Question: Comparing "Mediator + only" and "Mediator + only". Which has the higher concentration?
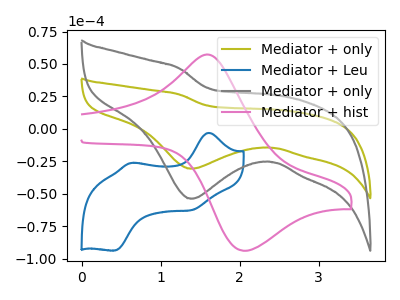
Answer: <think>The olive curve "Mediator + only" has a cathodic peak at: (1.40V, -30.55uA). The blue curve "Mediator + Leu" has anodic peaks at (1.60V, -3.05uA) (0.65V, -26.20uA) and cathodic peaks at (1.40V, -62.40uA) (0.40V, -93.65uA). The gray curve "Mediator + only" has a cathodic peak at: (1.40V, -53.75uA). The pink curve "Mediator + hist" has an anodic peak at (1.65V, 56.85uA) and a cathodic peak at (2.05V, -93.80uA).
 All the peaks in "Mediator + only" have a peak in "Mediator + only" at the same potential. Every peak in "Mediator + only" is higher than every peak in "Mediator + only".</think>
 <answer>"Mediator + only" has more signal than "Mediator + only" and so likely has a higher concentration.</answer>
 <eval>more_concentration</eval>